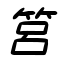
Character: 筥